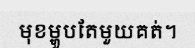
មុខម្ហូបតែមួយគត់។